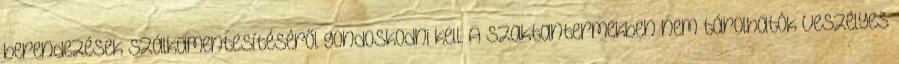
berendezések szálkamentesítéséről gondoskodni kell. A szaktantermekben nem tárolhatók veszélyes